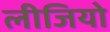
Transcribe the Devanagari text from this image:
लीजियो